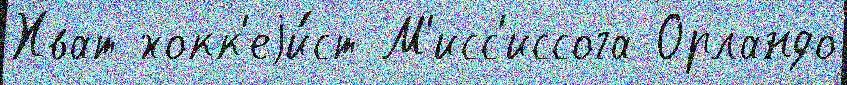
Хват хокк'еjи́ст М'исс'иссога Орландо